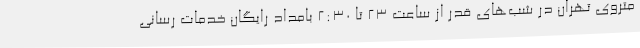
متروی تهران در شب‌های قدر از ساعت ۲۳ تا ۲:۳۰ بامداد رایگان خدمات رسانی